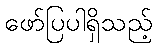
ဖော်ပြပါရှိသည့်